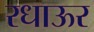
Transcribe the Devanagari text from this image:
रधाऊर